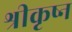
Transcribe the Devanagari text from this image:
श्रीकृष्न